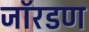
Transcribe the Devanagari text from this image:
जॉरडण